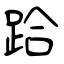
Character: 跲